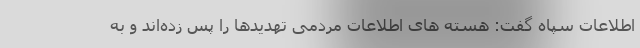
اطلاعات سپاه گفت: هسته های اطلاعات مردمی تهدیدها را پس زده‌اند و به